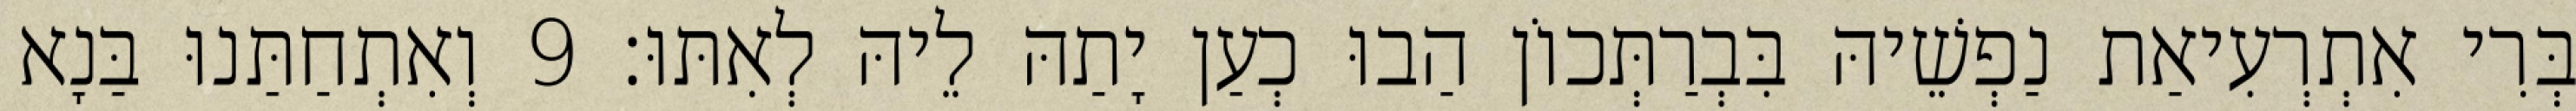
בְּרִי אִתְרְעִיאַת נַפְשֵׁיהּ בִּבְרַתְּכוֹן הַבוּ כְעַן יָתַהּ לֵיהּ לְאִתּוּ׃ 9 וְאִתְחַתַּנוּ בַּנָא